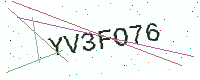
Text: YV3FO76